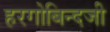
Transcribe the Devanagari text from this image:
हरगोबिन्दजी